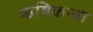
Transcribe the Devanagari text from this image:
ऋषिकन्या